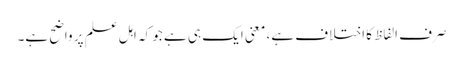
صرف الفاظ کا اختلاف ہے، معنی ایک ہی ہے جو کہ اہل علم پر واضح ہے۔